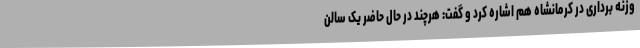
وزنه برداری در کرمانشاه هم اشاره کرد و گفت: هرچند در حال حاضر یک سالن